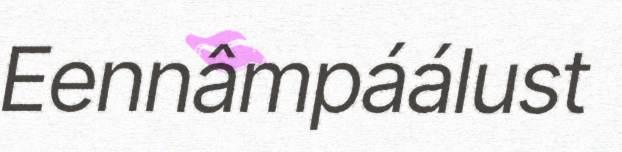
Eennâmpáálust